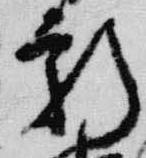
新